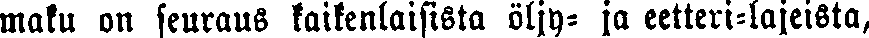
maku on seuraus kaikenlaisista öljy- ja eetteri-lajeista,